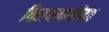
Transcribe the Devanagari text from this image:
विलयनसीमा